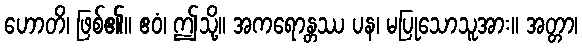
ဟောတိ၊ ဖြစ်၏။ ဧဝံ၊ ဤသို့။ အကရောန္တဿ ပန၊ မပြုသောသူအား။ အတ္တာ၊